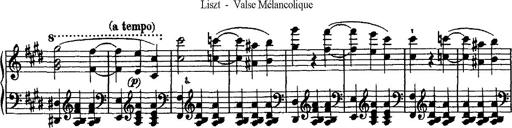
Title: Valse mÃ©lancolique
Composer: Paul Vidal
Key: F-sharp minor